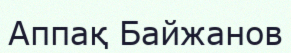
Аппақ Байжанов